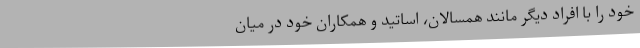
خود را با افراد دیگر مانند همسالان، اساتید و همکاران خود در میان